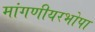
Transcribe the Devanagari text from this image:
मांगणीयरभोपा